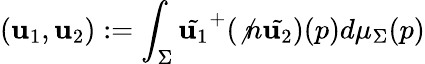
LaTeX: (\mathbf{u}_{1},\mathbf{u}_{2}):=\int_{\Sigma}\tilde{{\mathbf{u}_{1}}}^{+}({\not{n}}\tilde{{\mathbf{u}_{2}}})(p)d\mu_{\Sigma}(p)